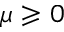
\mu \geqslant 0